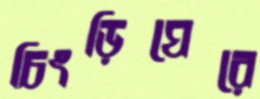
চিংড়িঘেরে